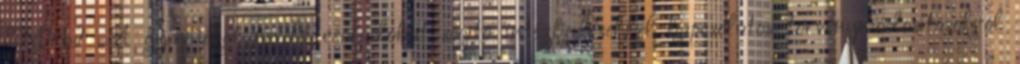
EMMI „A gyermeket nevelő családokat segítő intézkedésekkel kapcsolatos törvénymódosításokról